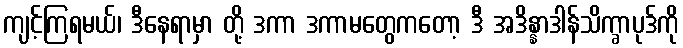
ကျင့်ကြရမယ်၊ ဒီနေရာမှာ တို့ ဒကာ ဒကာမတွေကတော့ ဒီ အဒိန္နာဒါန်သိက္ခာပုဒ်ကို